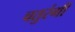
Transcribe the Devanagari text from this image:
चतुरंगी